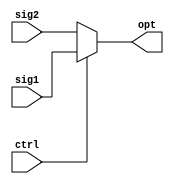
`timescale 1ns / 1ps
//////////////////////////////////////////////////////////////////////////////////
// Company: 
// Engineer: 
// 
// Design Name: 
// Module Name: mux1
// Project Name: 
// Target Devices: 
// Tool Versions: 
// Description: 
// 
// Dependencies: 
// 
// Revision:
// Revision 0.01 - File Created
// Additional Comments:
// 
//////////////////////////////////////////////////////////////////////////////////


module mux1(input [15:0]sig1, sig2, input ctrl,output [15:0] opt);

    assign opt = (ctrl) ? sig1 : sig2; //Ctrl on == sig1
    
endmodule